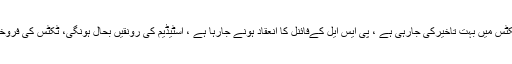
پی ایس ایل کے حوالے سے انکا کہنا تھا کہ مختلف پراجیکٹس میں بہت تاخیرکی جارہی ہے ، پی ایس ایل کےفائنل کا انعقاد ہونے جارہا ہے ، اسٹیڈیم کی رونقیں بحال ہونگی، ٹکٹس کی فروخت سے لیکر میچ کے اختتام تک تعاون کی ضرورت ہے۔